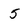
Character: 5